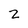
Character: 2